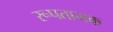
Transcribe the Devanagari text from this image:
रूपतामक